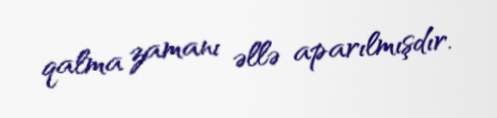
qalma zamanı əllə aparılmışdır.